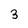
Character: 3